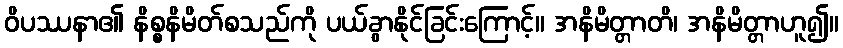
ဝိပဿနာ၏ နိစ္စနိမိတ်စသည်ကို ပယ်ခွာနိုင်ခြင်းကြောင့်။ အနိမိတ္တာတိ၊ အနိမိတ္တာဟူ၍။